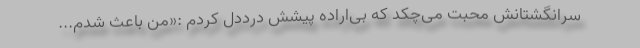
سرانگشتانش محبت می‌چکد که بی‌اراده پیشش درددل کردم :«من باعث شدم...